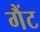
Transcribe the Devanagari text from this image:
गैंट